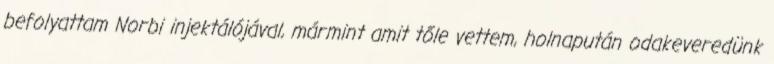
befolyattam Norbi injektálójával, mármint amit tőle vettem, holnapután odakeveredünk